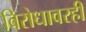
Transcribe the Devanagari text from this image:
विरोधावरही